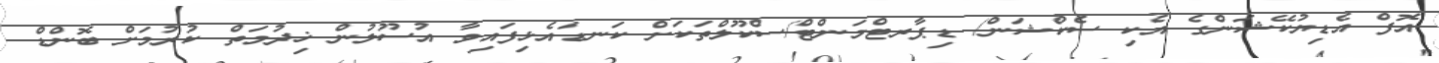
އޮފް އެޑިޔުކޭޝަންގެ އެކި ސެކްޝަން/ ޑިޕާރޓްމަންޓް/ސްކޫލްތަކަށް ކަނޑައެޅިފައިވާ އުސޫލުން ޚިދުމަތް ކުރުމަށް ބޮންޑް